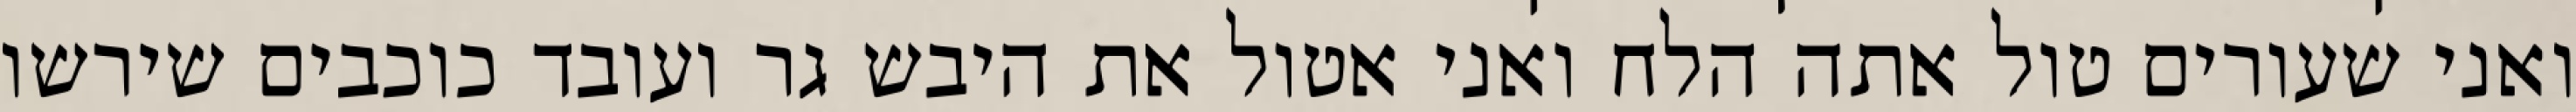
ואני שעורים טול אתה הלח ואני אטול את היבש גר ועובד כוכבים שירשו